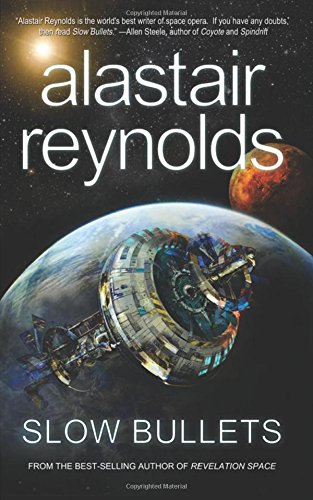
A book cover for Slow Bullets; Alastair Reynolds; Mystery, Thriller & Suspense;